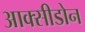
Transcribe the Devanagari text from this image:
आक्सीडोन